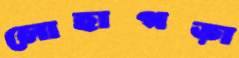
লোহাগড়া